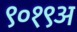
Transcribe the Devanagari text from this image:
९०१९अ